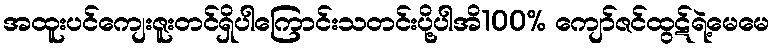
အထူးပင်ကျေးဇူးတင်ရှိပါကြောင်းသတင်းပို့ပါအိ100% ကျော်ဇင်ထွဋ်ရဲ့မေမေ